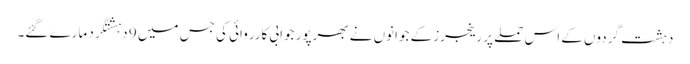
دہشت گردوں کے اس حملے پر رینجرز کے جوانوں نے بھرپور جوابی کارروائی کی جس میں 9 دہشتگرد مارے گئے۔